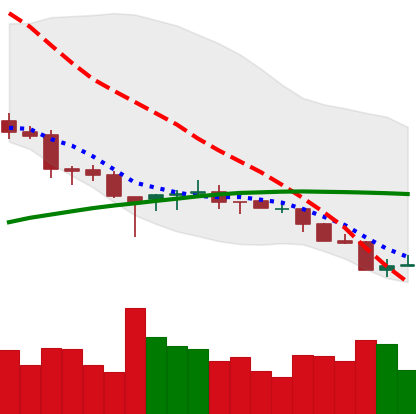
Ticker: ETH-USD
Chart end date: 2018-03-31
Forward return: -3.336%
Label: down_3_5